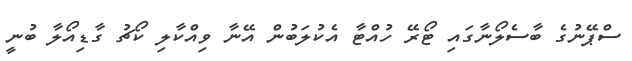
ސްޕޭނުގެ ބާސެލޯނާގައި ޓޯރޭ ހުއްޓާ އެކުލަބުން އޭނާ ވިއްކާލި ކޯޗު ގާޑިއޯލާ ބުނީ